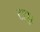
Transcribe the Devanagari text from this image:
टापुर